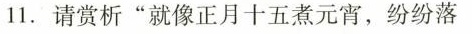
11.请赏析”就像正月十五煮元宵，纷纷落